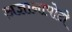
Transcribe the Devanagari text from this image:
अ़ज्ञानापोटी